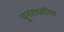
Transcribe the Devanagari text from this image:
पुनराधारित